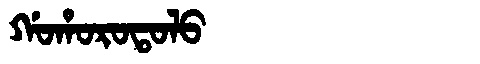
Manchu: ᡤᠣᡥᠣᡵᠣᡨᠣᠯᠣ
Romanization: GOHOROTOLO